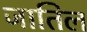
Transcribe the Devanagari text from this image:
जातिल